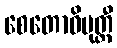
စေတောဝိမုတ္တီ